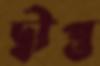
দ্বীপ্ত